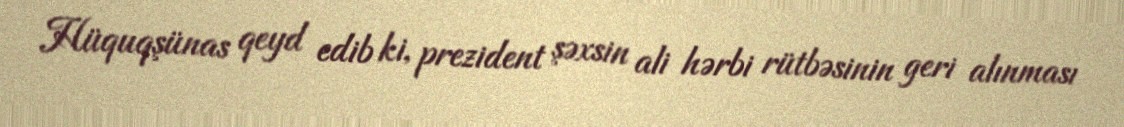
Hüquqşünas qeyd edib ki, prezident şəxsin ali hərbi rütbəsinin geri alınması